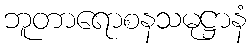
ဘူတာရောစနသမုဋ္ဌာနံ